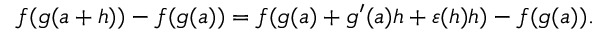
f ( g ( a + h ) ) - f ( g ( a ) ) = f ( g ( a ) + g ^ { \prime } ( a ) h + \varepsilon ( h ) h ) - f ( g ( a ) ) .